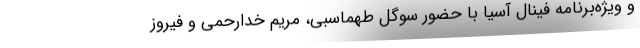
و ویژه‌برنامه فینال آسیا با حضور سوگل طهماسبی، مریم خدارحمی و فیروز